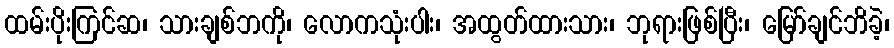
ထမ်းပိုးကြင်ဆ၊ သားချစ်ဘကို၊ လောကသုံးပါး၊ အထွတ်ထားသား၊ ဘုရားဖြစ်ပြီး၊ မြော်ချင်ဘိခဲ့၊